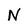
Character: N